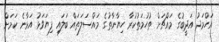
އަހްމަދު އަދީބުގެ މައްޗަށް ތުހުމަތުކުރާ ހިޔާނާތުގެ މައްސަލަތައް ބަލައި ފިޔަވަޅު އަޅާނެ ކަމަށް